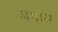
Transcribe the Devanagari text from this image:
जगास